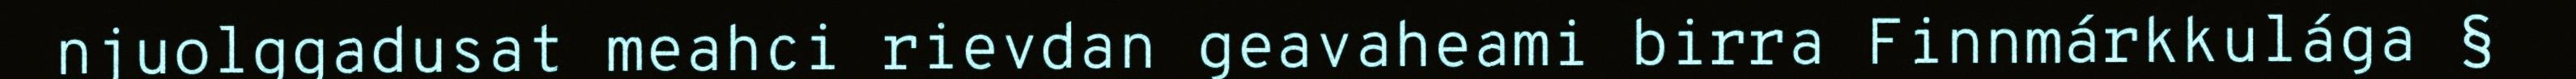
njuolggadusat meahci rievdan geavaheami birra Finnmárkkulága §